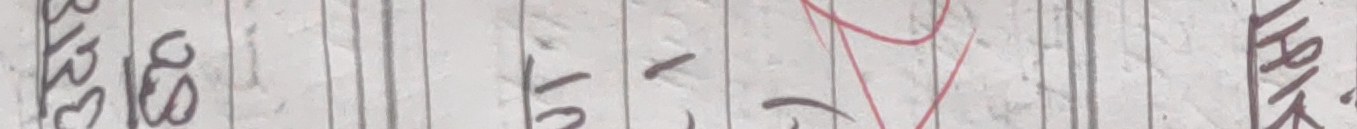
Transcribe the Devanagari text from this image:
३/३८ २० १५ - २ ३ माथि